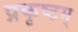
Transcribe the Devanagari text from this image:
प्रकृष्टम्